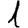
Digit: 1